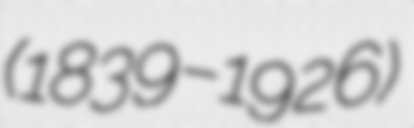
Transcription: (1839–1926)